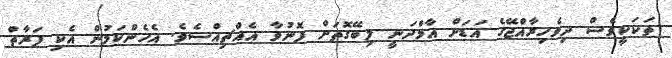
ތަކަކީވެސް ދިވެހިރާއްޖޭގެ އަޑަށް އާމްދަނީ ލިބޭގޮތަށް ފޮނުވާ އެއްޗިއްސެވެ. އެހެންކަމުން އެކި ފަރާތް